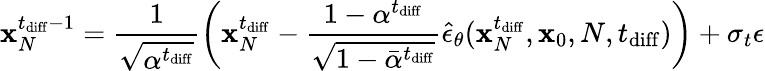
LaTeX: \mathbf{x}_{N}^{t_{\mathrm{diff}}-1}=\frac{1}{\sqrt{\alpha^{t_{\mathrm{diff}}}}}\left(\mathbf{x}_{N}^{t_{\mathrm{diff}}}-\frac{1-\alpha^{t_{\mathrm{diff}}}}{\sqrt{1-\bar{\alpha}^{t_{\mathrm{diff}}}}}\hat{\epsilon}_{\theta}(\mathbf{x}_{N}^{t_{\mathrm{diff}}},\mathbf{x}_{0},N,t_{\mathrm{diff}})\right)+\sigma_{t}\epsilon